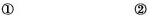
① ②